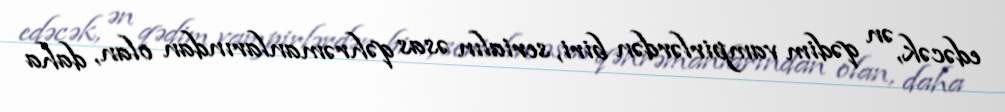
edəcək, ən qədim vampirlərdən biri, serialın əsas qəhrəmanlarından olan, daha